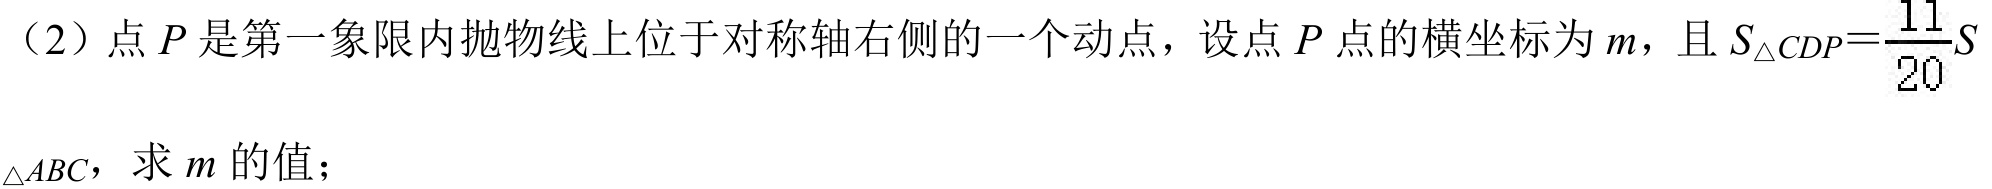
（2）点\(P\)是第一象限内抛物线上位于对称轴右侧的一个动点，设点\(P\)点的横坐标为\(m\)，且\(S_{\triangle CDP}=\frac{11}{20}S_{\triangle ABC}\)，求\(m\)的值；